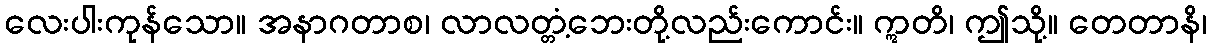
လေးပါးကုန်သော။ အနာဂတာစ၊ လာလတ္တံ့ဘေးတို့လည်းကောင်း။ ဣတိ၊ ဤသို့။ တေတာနိ၊